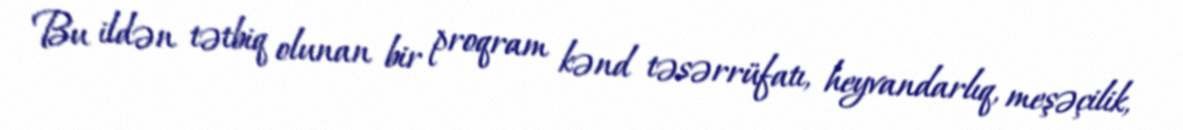
Bu ildən tətbiq olunan bir proqram kənd təsərrüfatı, heyvandarlıq, meşəçilik,